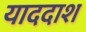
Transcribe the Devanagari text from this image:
याददाश